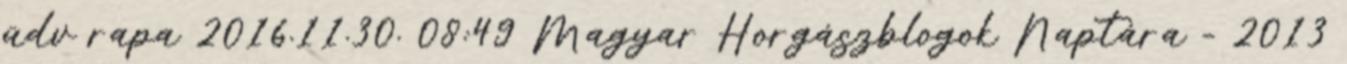
üdv rapa 2016.11.30. 08:49 Magyar Horgászblogok Naptára - 2013